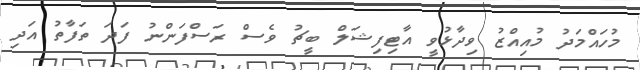
މުހައްމަދު މުއިއްޒު ވިދާޅުވީ އާޓިފިޝަލް ބީޗު ވެސް ރަސްފަންނު ފަދަ ތަފާތު އަދި